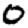
Digit: 0